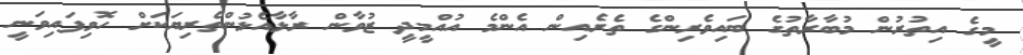
މީގެ އިތުރުން މުބާރާތުގެ ބައިވެރިންގެ ތެރެއިން އެންމެ އުއްމީދީ ޒުވާން ރާޅާއެޅުންތެރިޔަކަށް ހޮވިފައިވަނީ